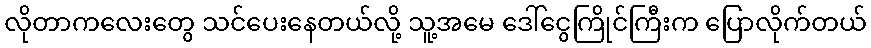
လိုတာကလေးတွေ သင်ပေးနေတယ်လို့ သူ့အမေ ဒေါ်ငွေကြိုင်ကြီးက ပြောလိုက်တယ်